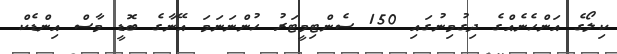
ކިލޯގެ އަންހެނެއްގެ ދިގުމިނުގައި 150 ސެންޓިމީޓަރު ހުންނަނަމަ އޭނާގެ ބޮޑީ މާސް އިންޑެކް